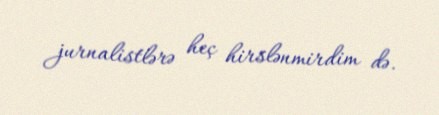
jurnalistlərə heç hirslənmirdim də.